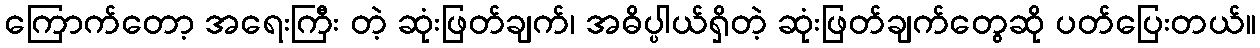
ကြောက်တော့ အရေးကြီး တဲ့ ဆုံးဖြတ်ချက်၊ အဓိပ္ပါယ်ရှိတဲ့ ဆုံးဖြတ်ချက်တွေဆို ပတ်ပြေးတယ်။